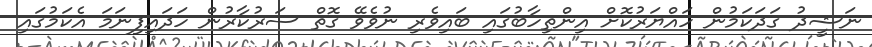
ނަޝީދު ގަދަކަމުން ހައްޔަރުކޮށް އިންތިހާބުގައި ބައިވެރި ނުވެވޭ ގޮތް ސަރުކާރުން ހަދައިފިނަމަ އެކަމުގައި